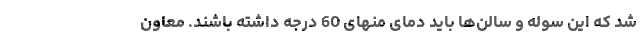
شد که این سوله و سالن‌ها باید دمای منهای 60 درجه داشته باشند. معاون